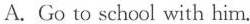
A.Go to school with him.